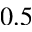
0 . 5